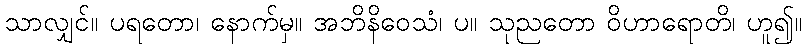
သာလျှင်။ ပရတော၊ နောက်မှ။ အဘိနိဝေသံ၊ ပ။ သုညတော ဝိဟာရောတိ၊ ဟူ၍။